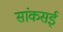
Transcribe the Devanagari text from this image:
सांकसई